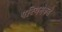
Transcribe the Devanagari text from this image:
पस्चिमेकडे